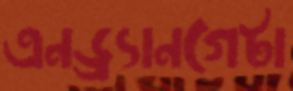
এনড্র্যানগেটা